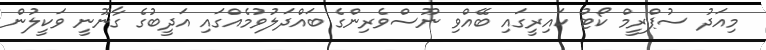
މިއަދު ސުޕްރީމް ކޯޓު ކައިރީގައި ބޭއްވި ނޫސްވެރިންގެ ބައްދަލުވުމެއްގައި އަދީބުގެ ގާނޫނީ ވަކީލުން